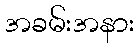
အခမ်းအနား